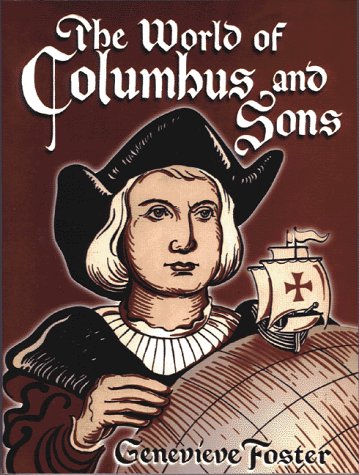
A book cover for The World of Columbus and Sons; Genevieve Foster; Teen & Young Adult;